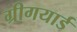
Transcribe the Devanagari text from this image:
ग्रीगयार्ड